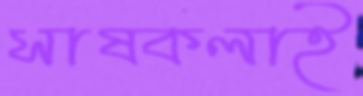
সাষকলাই